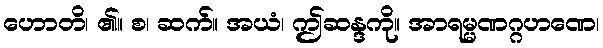
ဟောတိ၊ ၏။ စ၊ ဆက်။ အယံ၊ ဤဆန္ဒကို။ အာရမ္မဏဂ္ဂဟဏေ၊